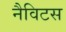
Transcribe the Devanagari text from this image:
नैविटस